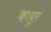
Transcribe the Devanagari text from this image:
कावुर